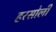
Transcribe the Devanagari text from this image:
हरसोली